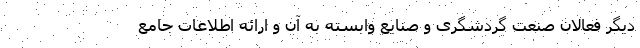
دیگر فعالان صنعت گردشگری و صنایع وابسته به آن و ارائه اطلاعات جامع